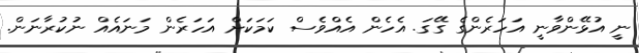
ނީ އުޅޭންވާނީ އަހަރެންގެ ގޭގަ. އެހެން އެއްވެސް ކަމަކަށް އަހަރެން މަނައެއް ނުކުރާނަން.